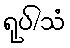
ရုပ်/သံ